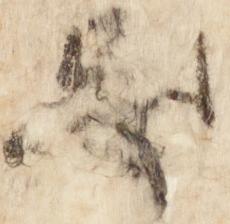
忌